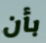
بأن